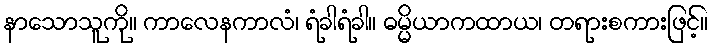
နာသောသူကို။ ကာလေနကာလံ၊ ရံခါရံခါ။ ဓမ္မိယာကထာယ၊ တရားစကားဖြင့်။